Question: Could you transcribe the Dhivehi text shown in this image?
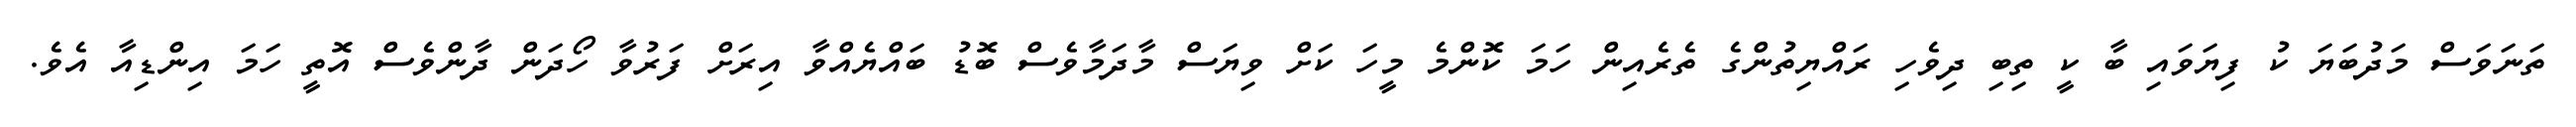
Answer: ތަނަވަސް މަދުބަޔަ ކު ފިޔަވައި ބާ ކީ ތިބި ދިވެހި ރައްޔިތުންގެ ތެރެއިން ހަމަ ކޮންމެ މީހަ ކަށް ވިޔަސް މާދަމާވެސް ބޮޑު ބައްޔެއްވާ އިރަށް ފަރުވާ ހޯދަން ދާންވެސް އޮތީ ހަމަ އިންޑިއާ އެވެ.